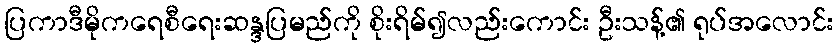
ပြကာဒီမိုကရေစီရေးဆန္ဒပြမည်ကို စိုးရိမ်၍လည်းကောင်း ဦးသန့်၏ ရုပ်အလောင်း